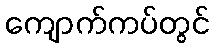
ကျောက်ကပ်တွင်